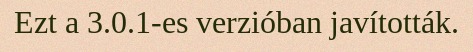
Ezt a 3.0.1-es verzióban javították.